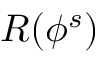
R ( \phi ^ { s } )